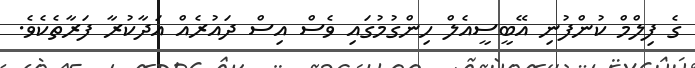
ގެ ފިލްމް ކުންފުނި އޭބީސީއެލް ހިންގުމުގައި ވެސް އިސް ދައުރެއް އަދާކުރާ ފަރާތެކެވެ.